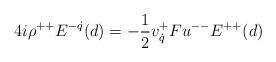
LaTeX: \begin{align*}4i\rho^{++}E^{-\dot q}(d)=-{1\over 2}v^{+}_{\dot q}Fu^{--}E^{++}(d)\end{align*}